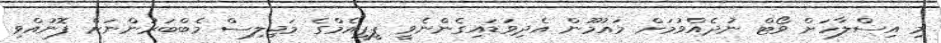
މި އިސްލާހަށް ވޯޓް ނުދެއްވުމަށް މައުމޫން އެދިވަޑައިގެންނެވީ ޕީޕީއެމްގެ މަޖިލިސް މެބްބަރުންނަށް ފޮނުއްވި